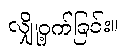
လျှို့ဝှက်ခြင်း။